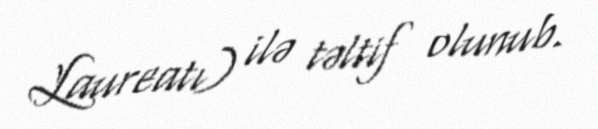
Laureatı) ilə təltif olunub.